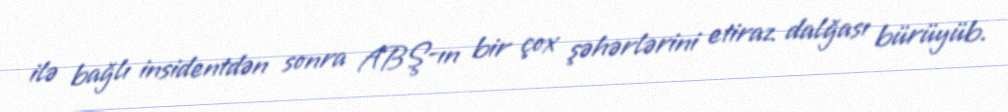
ilə bağlı insidentdən sonra ABŞ-ın bir çox şəhərlərini etiraz dalğası bürüyüb.